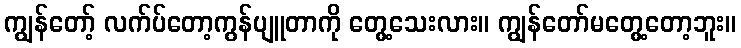
ကျွန်တော့် လက်ပ်တော့ကွန်ပျူတာကို တွေ့သေးလား။ ကျွန်တော်မတွေ့တော့ဘူး။